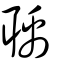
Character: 聥